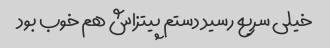
خیلی سریع رسید دستم پیتزاش هم خوب بود